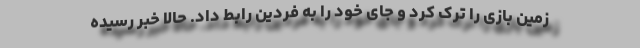
زمین بازی را ترک کرد و جای خود را به فردین رابط داد. حالا خبر رسیده